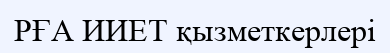
РҒА ИИЕТ қызметкерлері